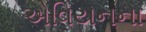
એવિયનના